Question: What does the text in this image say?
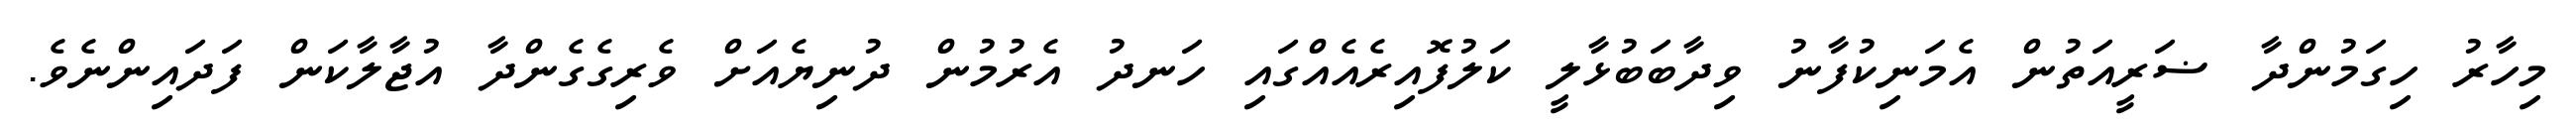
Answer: މިހާރު ހިގަމުންދާ ޟަރީއަތުން އެމަނިކުފާނު ވިދާބަބުޅާލީ ކަލުފޮއިރެއެއްގައި ހަނދު އެރުމުން ދުނިޔެއަށް ވެރިގެގެންދާ އުޖާލާކަން ފަދައިންނެވެ.